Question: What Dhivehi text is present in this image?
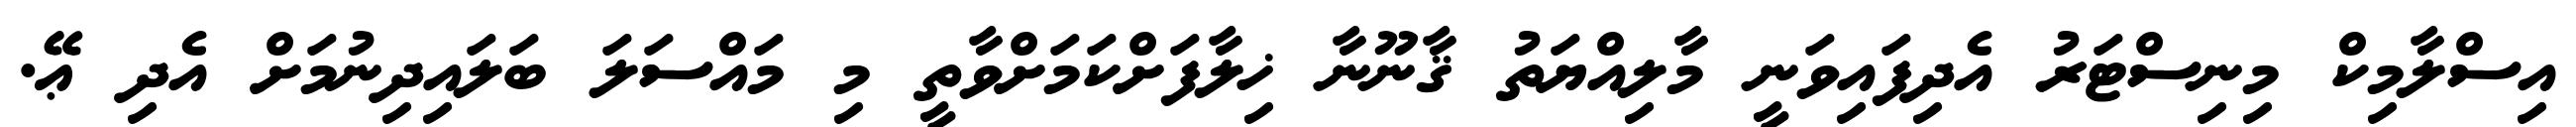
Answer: އިސްލާމިކް މިނިސްޓަރު އެދިފައިވަނީ މާލިއްޔަތު ޤާނޫނާ ޚިލާފަށްކަމަށްވާތީ މި މައްސަލަ ބަލައިދިނުމަށް އެދި ޢޭ.